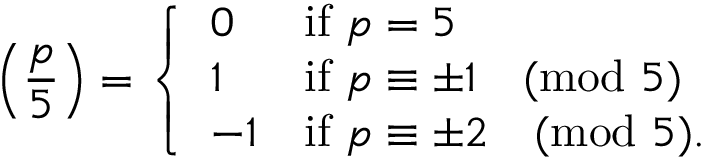
\left( { \frac { p } { 5 } } \right) = { \left\{ \begin{array} { l l } { 0 } & { { \mathrm { i f ~ } } p = 5 } \\ { 1 } & { { \mathrm { i f ~ } } p \equiv \pm 1 { \pmod { 5 } } } \\ { - 1 } & { { \mathrm { i f ~ } } p \equiv \pm 2 { \pmod { 5 } } . } \end{array} \right. }